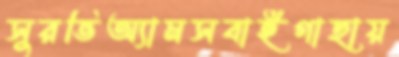
সুরভিঅ্যামসবাইগাছায়